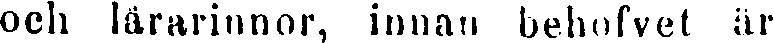
och lärarinnor, innan behofvet är